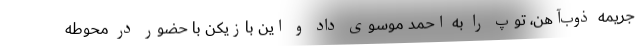
جریمه ذوب‌آهن، توپ را به احمد موسوی داد و این بازیکن با حضور در محوطه